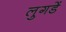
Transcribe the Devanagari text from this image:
लुगडें